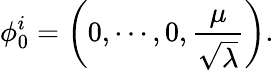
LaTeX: \phi_{0}^{i}=\left(0,\cdots,0,{\frac{\mu}{\sqrt{\lambda}}}\right).